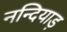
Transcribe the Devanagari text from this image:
नन्दियाड़